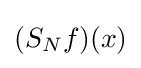
(S_{N}f)(x)